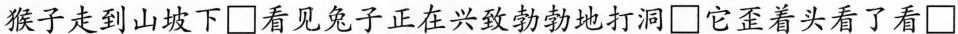
猴子走到山坡下\Box看见兔子正在兴致勃勃地打洞\Box它歪着头看了看\Box